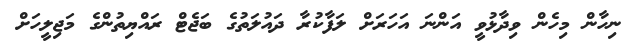
ނިހާން މިހެން ވިދާޅުވީ އަންނަ އަހަރަށް ލަފާކުރާ ދައުލަތުގެ ބަޖެޓް ރައްޔިތުންގެ މަޖިލީހަށް